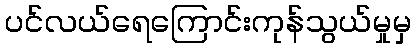
ပင်လယ်ရေကြောင်းကုန်သွယ်မှုမှ